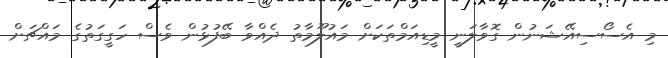
މި އެސޯސިއޭޝަނުން ގޮވާލަނީ މީޑިއަމްތަކަށް މައުލޫމާތު ދެއްވާ ބޭފުޅުން ވެސް ހަގީގަތުގެ މައްޗަށް